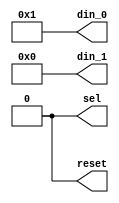
module tester(
output reg sel,
output reg reset,
output reg [3:0] din_0,
output reg [3:0] din_1);


initial
  begin
    din_0 <= 4'b1010;
    din_1 <= 4'b0110;
    reset = 1;

  $display("Prueba 1, Sel = 0");
      reset = 0;
      sel<=0;
      #40;

  $display("Prueba 2, Sel = 1");
      sel<=1;
      #40;

  $display("Prueba 3, Sel = 1");
      din_1 <= 0;
      #40;

  $display("Prueba 4, Sel = 0");
      din_0 <=1;
      sel<=0;
      #40;

  end
endmodule